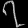
Digit: ၇